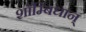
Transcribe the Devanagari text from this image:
शाॅम्बिधान्